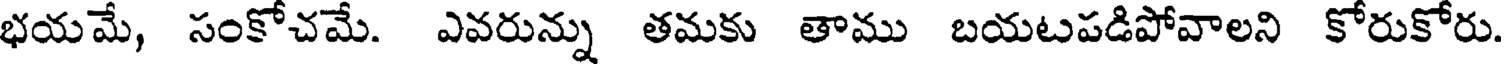
భయమే, సంకోచమే. ఎవరున్ను తమకు తాము బయటపడిపోవాలని కోరుకోరు.